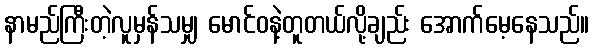
နာမည်ကြီးတဲ့လူမှန်သမျှ မောင်ဝနဲ့တူတယ်လို့ချည်း အောက်မေ့နေသည်။